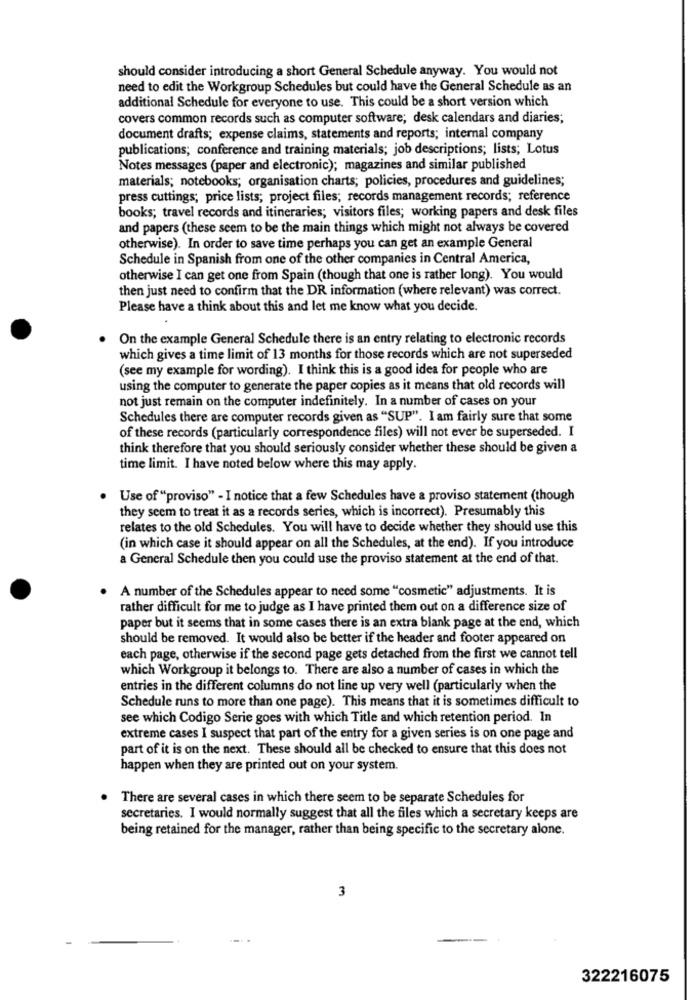
should consider introducing a short General Schedule anyway. You would not
need to edit the Workgroup Schedules but could have the General Schedule as an
additional Schedule for everyone to use. This could be a short version which
covers common records such as computer software; desk calendars and diaries;
document drafts; expense claims, statements and reports; internal company
publications; conference and training materials; job descriptions; lists; Lotus
Notes messages (paper and electronic); magazines and similar published
materials; notebooks; organisation charts; policies, procedures and guidelines;
press cuttings; price lists; project files; records management records; reference
books; travel records and itineraries; visitors files; working papers and desk files
and papers (these seem to be the main things which might not always be covered
otherwise). In order to save time perhaps you can get an example General
Schedule in Spanish from one of the other companies in Central America,
otherwise I can get one from Spain (though that one is rather long). You would
then just need to confirm that the DR information (where relevant) was correct.
Please have a think about this and let me know what you decide.
On the example General Schedule there is an entry relating to electronic records
which gives a time limit of 13 months for those records which are not superseded
(see my example for wording). I think this is a good idea for people who are
using the computer to generate the paper copies as it means that old records will
not just remain on the computer indefinitely. In a number of cases on your
Schedules there are computer records given as "SUP". I am fairly sure that some
of these records (particularly correspondence files) will not ever be superseded. I
think therefore that you should seriously consider whether these should be given a
time limit. I have noted below where this may apply.
Use of "proviso" - I notice that a few Schedules have a proviso statement (though
they seem to treat it as a records series, which is incorrect). Presumably this
relates to the old Schedules. You will have to decide whether they should use this
(in which case it should appear on all the Schedules, at the end). If you introduce
a General Schedule then you could use the proviso statement at the end of that.
A number of the Schedules appear to need some "cosmetic" adjustments. It is
rather difficult for me to judge as I have printed them out on a difference size of
paper but it seems that in some cases there is an extra blank page at the end, which
should be removed. It would also be better if the header and footer appeared on
each page, otherwise if the second page gets detached from the first we cannot tell
which Workgroup it belongs to. There are also a number of cases in which the
entries in the different columns do not line up very well (particularly when the
Schedule runs to more than one page). This means that it is sometimes difficult to
see which Codigo Serie goes with which Title and which retention period. In
extreme cases I suspect that part of the entry for a given series is on one page and
part of it is on the next. These should all be checked to ensure that this does not
happen when they are printed out on your system.
There are several cases in which there seem to be separate Schedules for
secretaries. I would normally suggest that all the files which a secretary keeps are
being retained for the manager, rather than being specific to the secretary alone.
3
322216075